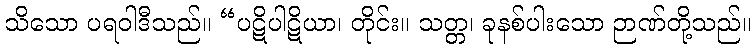
သိသော ပရဝါဒီသည်။ “ပဋိပါဋိယာ၊ တိုင်း။ သတ္တ၊ ခုနစ်ပါးသော ဉာဏ်တို့သည်။